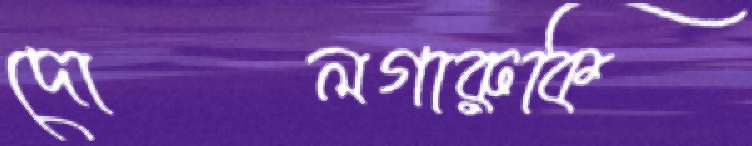
দোলগারুকি